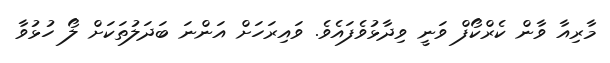
މާރިއާ ވާން ކެރްކޯފް ވަނީ ވިދާޅުވެފައެވެ. ވައިރަހަށް އަންނަ ބަދަލުތަކަށް ލޯ ހުޅުވާ